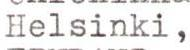
Helsinki,